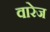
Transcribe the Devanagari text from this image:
वारेज